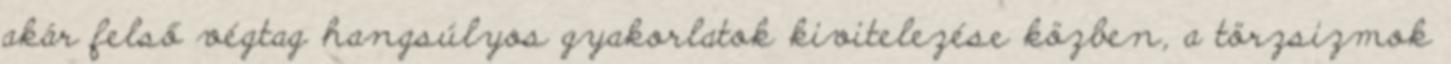
akár felső végtag hangsúlyos gyakorlatok kivitelezése közben, a törzsizmok